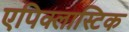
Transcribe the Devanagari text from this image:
एपिक्लास्टिक